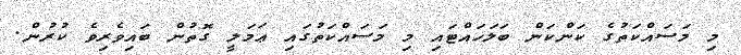
މި މަސައްކަތުގެ ކަންކަން ބަލަހައްޓައި މި މަސައްކަތުގައި ޢަމަލީ ގޮތުން ބައިވެރިވެ ކުރުން.